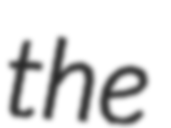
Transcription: the